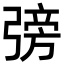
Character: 𢐊